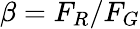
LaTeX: \beta=F_{R}/F_{G}